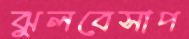
ঝুলবেসাপ